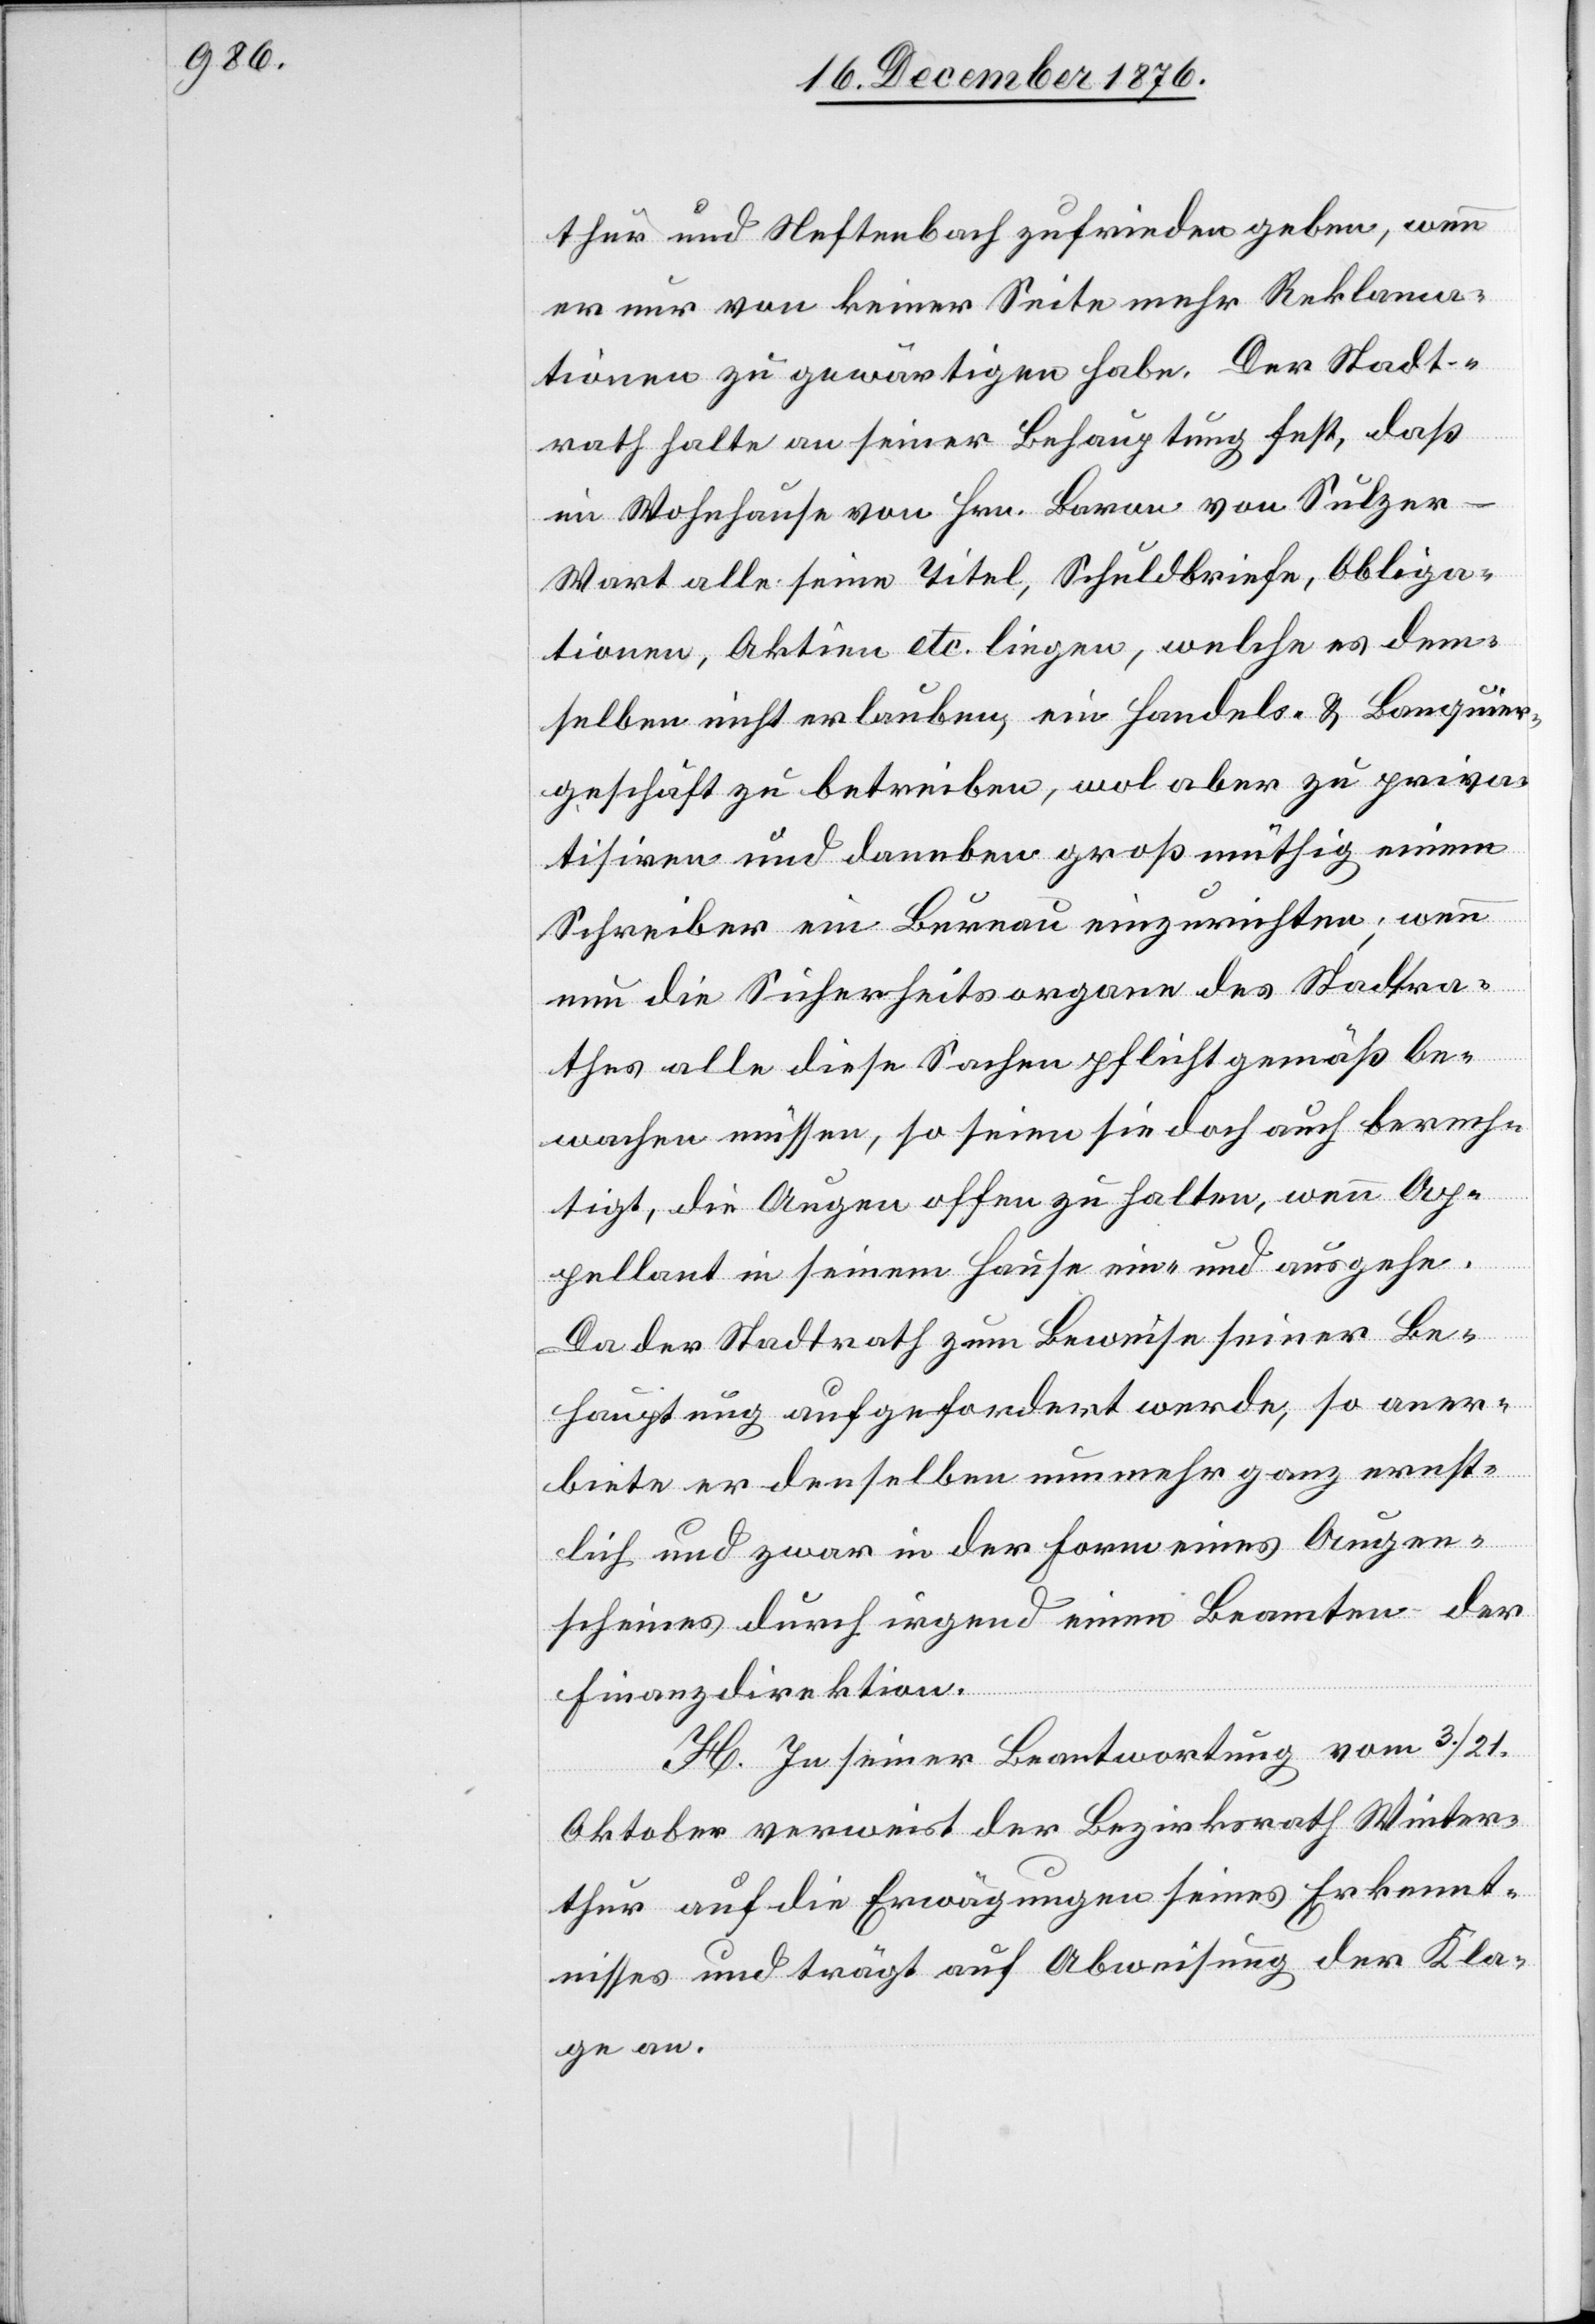
thur und Neftenbach zufrieden geben, wenn
er nur von keiner Seite mehr Reklama¬
tionen zu gewärtigen habe. Der Stadt¬
rath halte an seiner Behauptung fest, daß
im Wohnhause von Hrn. Baron von Sulze¬
r-Wart alle seine Titel, Schuldbriefe, Obliga¬
tionen, Aktien etc. liegen, welche es dem¬
selben nicht erlauben, ein Handels- & Banquier¬
geschäft zu betreiben, wol aber zu priva¬
tisiren und daneben großmüthig einem
Schreiber ein Bureau einzurichten; wenn
nun die Sicherheitsorgane des Stadtra¬
thes alle diese Sachen pflichtgemäß be¬
wachen müssen, so seien sie doch auch berech¬
tigt, die Augen offen zu halten, wenn Ap¬
pellant in seinem Hause ein- und ausgehe.
Das der Stadtrath zum Beweise seiner Be¬
hauptung aufgefordert werden, so aner¬
biete er denselben nunmehr ganz ernst¬
lich und zwar in der Form eines Augen¬
scheines durch irgend einen Beamten der
Finanzdirektion.
H. In seiner Beantwortung vom 3./21.
Oktober verweist der Bezirksrath Winter¬
thur auf die Erwägungen seines Erkennt¬
nisses und trägt auf Abweisung der Kla¬
ge an.